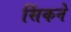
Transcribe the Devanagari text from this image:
सिंकने